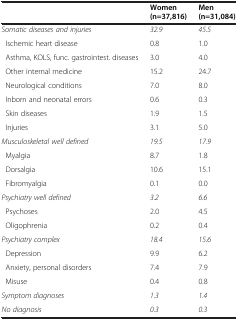
<table><thead><tr><td><b> </b></td><td><b>Women (n=37,816)</b></td><td><b>Men (n=31,084)</b></td></tr></thead><tbody><tr><td><i>Somatic diseases and injuries</i></td><td><i>32.9</i></td><td><i>45.5</i></td></tr><tr><td> Ischemic heart disease</td><td>0.8</td><td>1.0</td></tr><tr><td> Asthma, KOLS, func. gastrointest. diseases</td><td>3.0</td><td>4.0</td></tr><tr><td> Other internal medicine</td><td>15.2</td><td>24.7</td></tr><tr><td> Neurological conditions</td><td>7.0</td><td>8.0</td></tr><tr><td> Inborn and neonatal errors</td><td>0.6</td><td>0.3</td></tr><tr><td> Skin diseases</td><td>1.9</td><td>1.5</td></tr><tr><td> Injuries</td><td>3.1</td><td>5.0</td></tr><tr><td><i>Musculoskeletal well defined</i></td><td><i>19.5</i></td><td><i>17.9</i></td></tr><tr><td> Myalgia</td><td>8.7</td><td>1.8</td></tr><tr><td> Dorsalgia</td><td>10.6</td><td>15.1</td></tr><tr><td> Fibromyalgia</td><td>0.1</td><td>0.0</td></tr><tr><td><i>Psychiatry well defined</i></td><td><i>3.2</i></td><td><i>6.6</i></td></tr><tr><td> Psychoses</td><td>2.0</td><td>4.5</td></tr><tr><td> Oligophrenia</td><td>0.2</td><td>0.4</td></tr><tr><td><i>Psychiatry complex</i></td><td><i>18.4</i></td><td><i>15.6</i></td></tr><tr><td> Depression</td><td>9.9</td><td>6.2</td></tr><tr><td> Anxiety, personal disorders</td><td>7.4</td><td>7.9</td></tr><tr><td> Misuse</td><td>0.4</td><td>0.8</td></tr><tr><td><i>Symptom diagnoses</i></td><td><i>1.3</i></td><td><i>1.4</i></td></tr><tr><td><i>No diagnosis</i></td><td><i>0.3</i></td><td><i>0.3</i></td></tr></tbody></table>